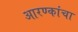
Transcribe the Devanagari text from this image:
आरण्कांचा